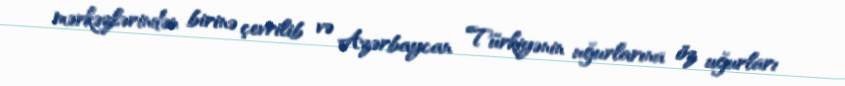
mərkəzlərindən birinə çevrilib və Azərbaycan Türkiyənin uğurlarına öz uğurları